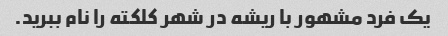
یک فرد مشهور با ریشه در شهر کلکته را نام ببرید.